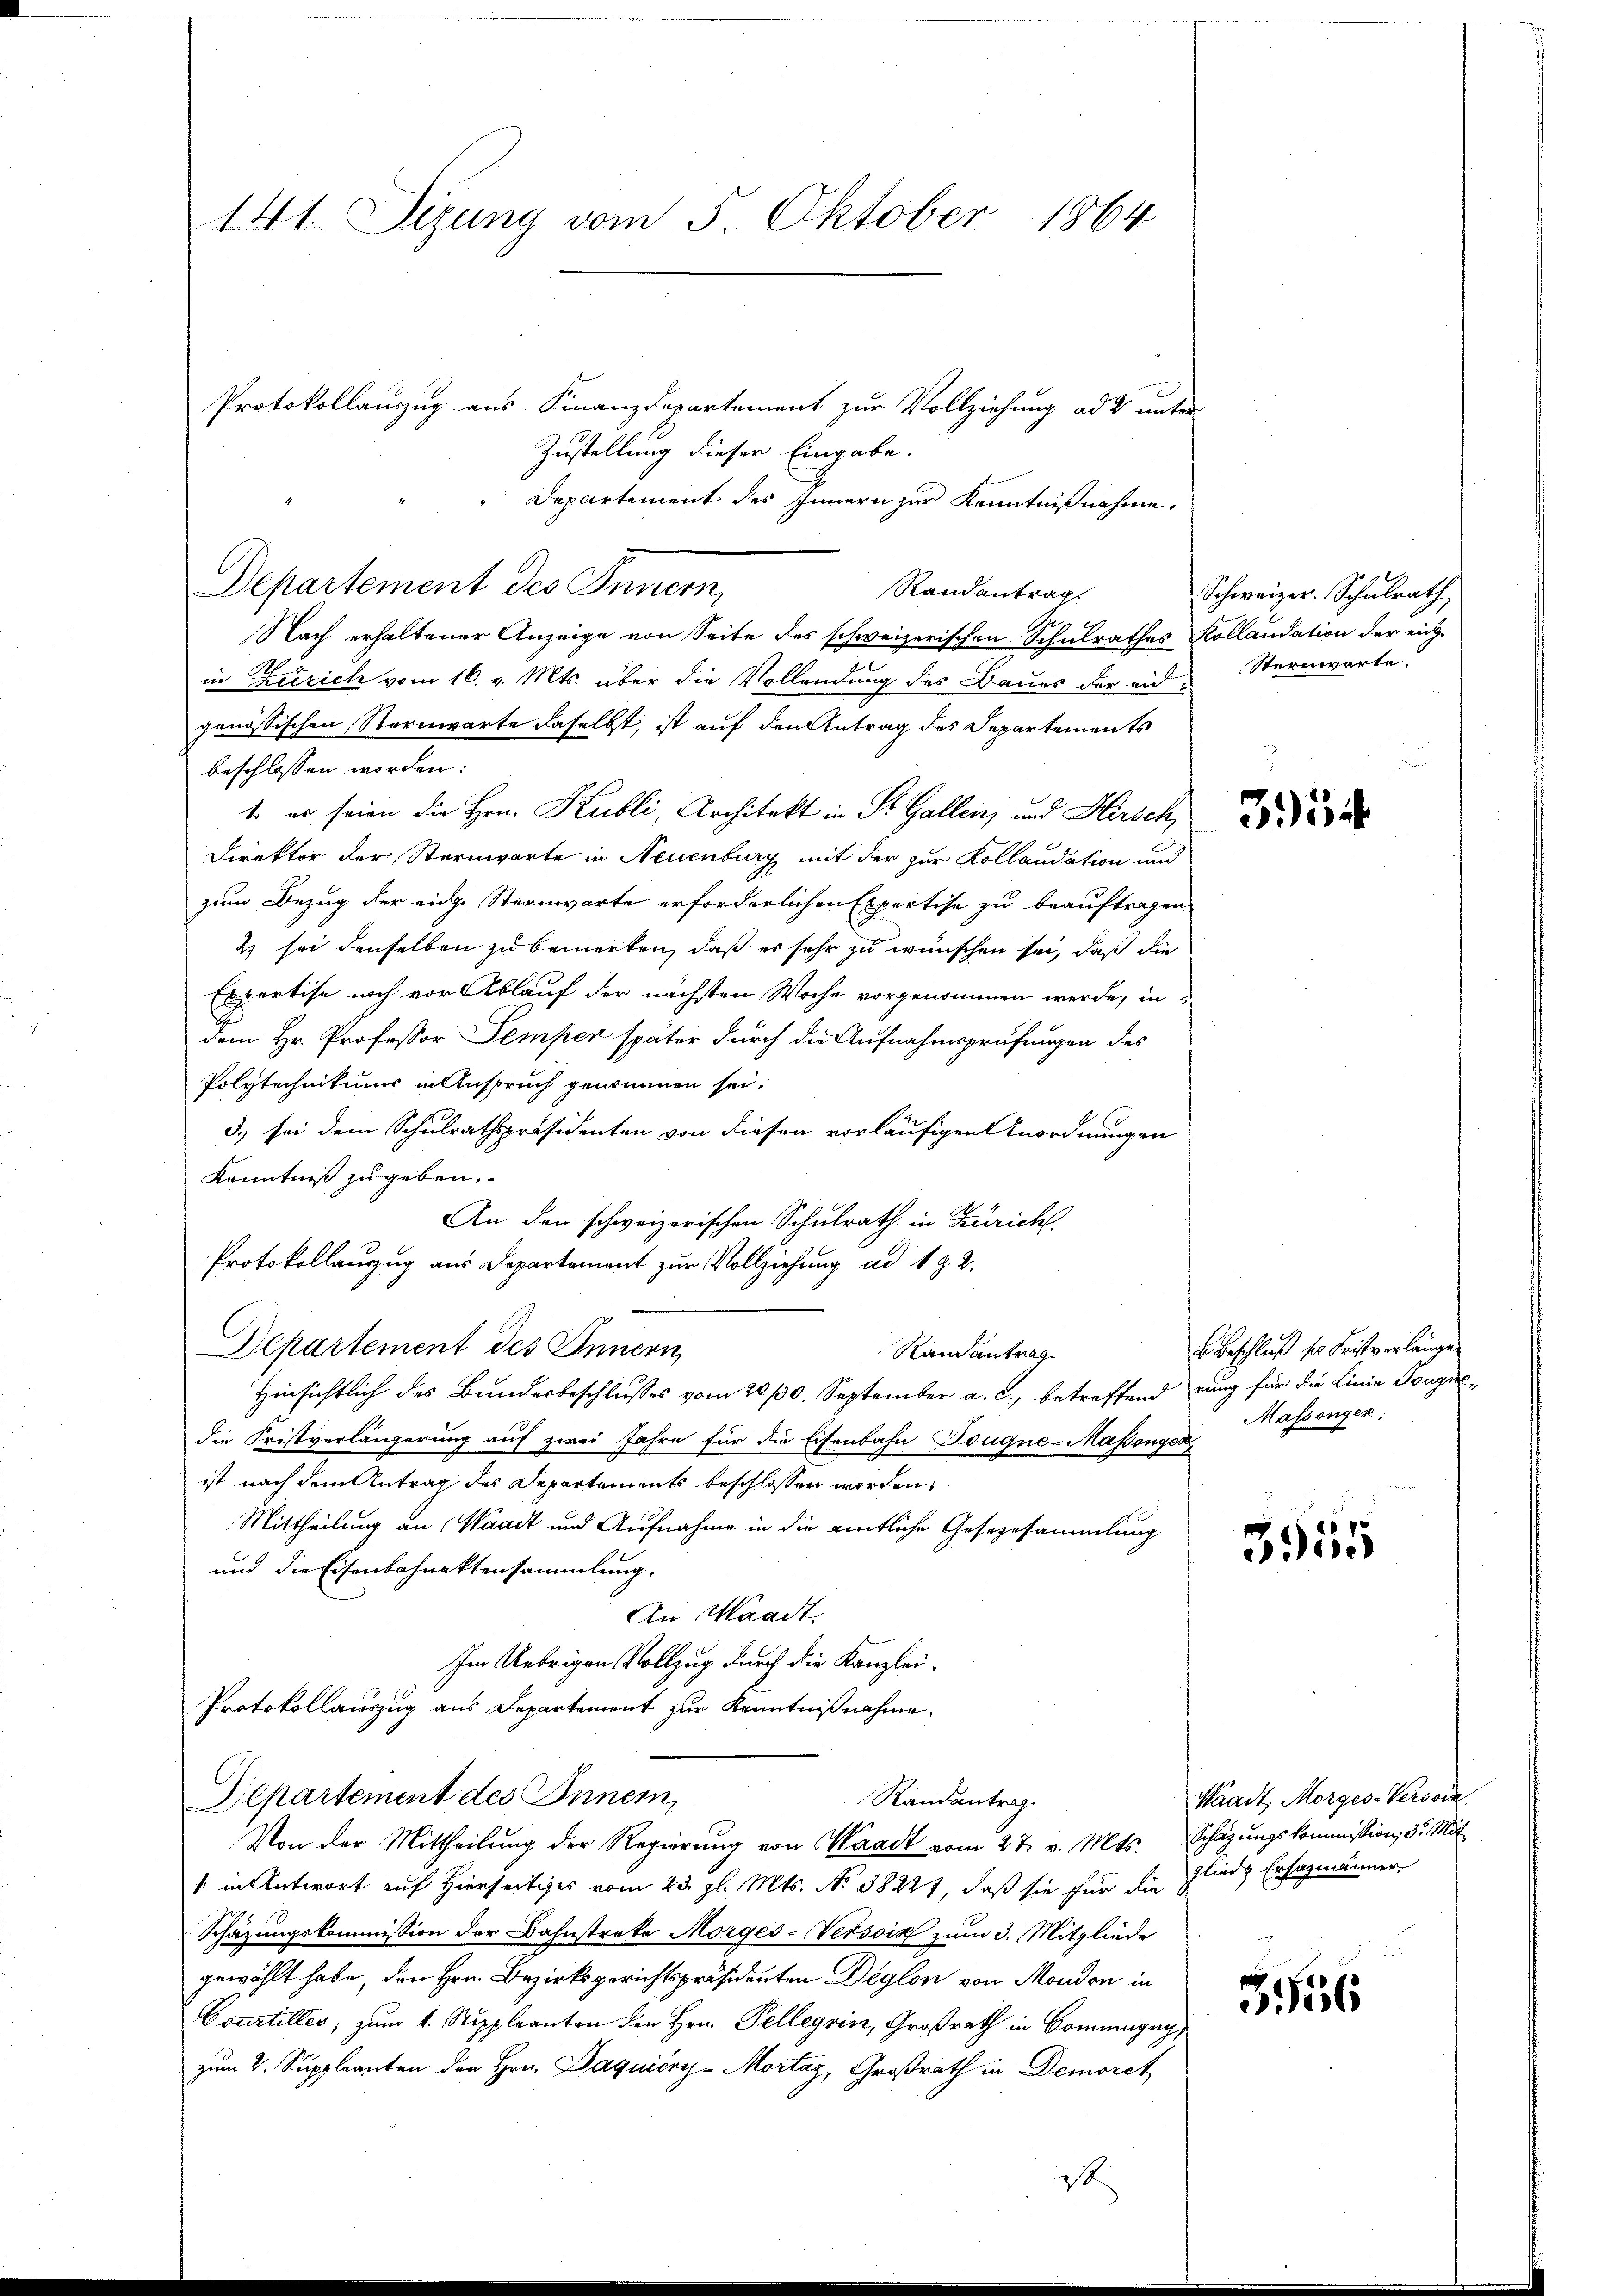
141. Sizung vom 5. Oktober 1864

Protokollauszug aus Finanzdepartement zur Vollziehung ad 2 unter
Zustellung dieser Eingabe.
Departement des Innern zur Kenntnißnahme.
Departement des Innern,
Randantrag
Nach erhaltener Anzeige von Seite des schweizerischen Schulrathes Kollaudation der einin Terrich vom 16. v. Mts. über die Vollendung des Baues der eidgenössischen Sternwarte daselbst, ist auf den Antrag des Departements
beschlossen worden:
t er seien die Hrn. Kubli, Architekt in St. Gallen, und Hirsch
Direktor der Sternwarte in Neuenburg mit der zur Kollaudation und
zum Bezug der eine Sternwarte erforderlichen Expertise zu beauftragen
2 sei denselben zu bemerken, daß es sehr zu wünschen sei, daß die
Expertise noch vor Ablauf der nächsten Woche vorgenommen werde, in
dem Hr. Professor Temper später durch die Aufnahmsprüfungen des
Polytechnikums in Anspruch genommen sei.
3.) sei dem Schulrathspräsidenten von diesen vorläufigen Anordnungen
Kenntniß zugeben.
An den schweizerischen Schulrath in Zürich
Protokollauszug aus Departement zur Vollziehung ad 1 § 2.
Departement des Innern,
Randantrag
Hinsichtlich des Bundesbeschlusses vom 20 130. September a. c., betreffend rung für die Linie Dougne
die Fristverlängerung auf zwei Jahre für die Eisenbahn Dougne-Maßonyer
ist nach dem Antrag des Departements beschlossen worden:
Mittheilung an Waadt und Aufnahme in die amtliche Gesezesammlung
und die Eisenbahnaktensammlung.
An Waadt.
Im Uebrigen Vollzug durch die Kanzlei¬
Protokollauszug aus Departement zur Kenntnißnahme.
Departement des Innern,
Randantrag
Von der Mittheilŭng der Regierŭng von Waadt vom 27. v. Mts. Schäzŭngskommission, 3. Mit
1. in Antwort auf Hierseitiges vom 23. gl. Mts. No 38227, daß sie für die Gliede Ersatzmänner
Schazungskommission der Bahnstrete Morges-Versoik zum 3. Mitgliede
gewählt habe, den Hrn. Bezirksgerichtspräsidenten Deglon von Moudon in
Courtilles, zum 1. Suppleanten den Hrn. Pellegsin, Großrath in Commagny,
zum 2. Suppleanten den Hrn. Daquiény-Mortaz, Großrath in Demoret

t

Schweizer. Schulrath
Sternwarte

354

E. Beschluß der Fristverlängen
Massonger:

3955

Waadt, Morges-Versone

556